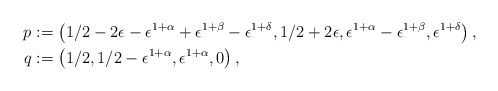
\begin{align*}p & := \left(1/2 - 2\epsilon - \epsilon^{1 + \alpha} + \epsilon^{1 + \beta} - \epsilon^{1 + \delta}, 1/2 + 2\epsilon, \epsilon^{1 + \alpha} - \epsilon^{1 + \beta}, \epsilon^{1 + \delta}\right), \\q & := \left(1/2,1/2- \epsilon^{1 + \alpha}, \epsilon^{1 + \alpha}, 0\right),\end{align*}